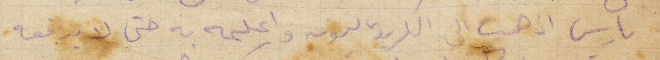
باريس اذهب الى الكريدي ليونه واعلمه به حتى لا يرفعه